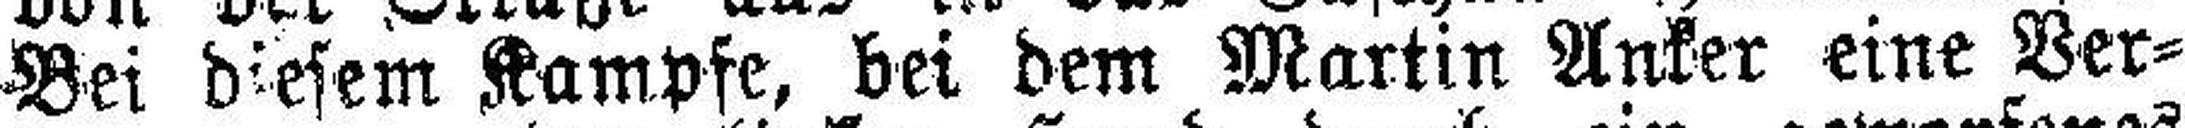
Bei diesem Kampfe, bei dem Martin Anker eine Ver¬